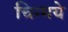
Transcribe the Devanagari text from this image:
चिन्मये